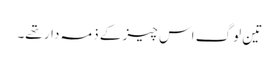
تین لوگ اس چیز کے ذمہ دار تھے۔